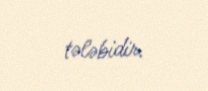
tələbidir.